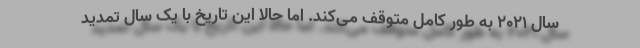
سال ۲۰۲۱ به طور کامل متوقف می‌کند. اما حالا این تاریخ با یک سال تمدید